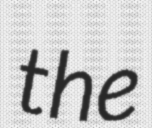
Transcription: the